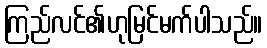
ကြည်လင်၏ဟုမြင်မက်ပါသည်။